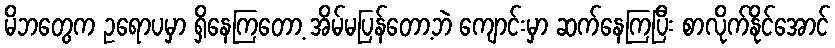
မိဘတွေက ဥရောပမှာ ရှိနေကြတော့ အိမ်မပြန်တော့ဘဲ ကျောင်းမှာ ဆက်နေကြပြီး စာလိုက်နိုင်အောင်